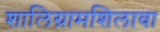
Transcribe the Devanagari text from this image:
शालिग्रामशिलावा